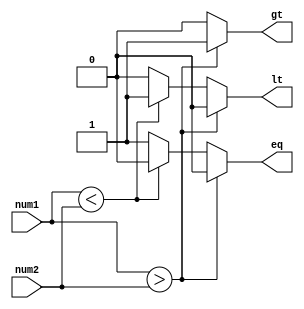
module comparator_2bit(
    input [1:0] num1,
    input [1:0] num2,
    output reg gt,
    output reg lt,
    output reg eq
);

always @ (*) begin
    if (num1 > num2) begin
        gt = 1;
        lt = 0;
        eq = 0;
    end else if (num1 < num2) begin
        gt = 0;
        lt = 1;
        eq = 0;
    end else begin
        gt = 0;
        lt = 0;
        eq = 1;
    end
end

endmodule